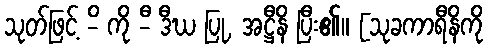
သုတ်ဖြင့် -ိ ကို -ီ ဒီဃ ပြု, အဋ္ဌီနိ ပြီး၏။ [သုခကာရီနိကို